Indian journal of veterinary science and animal husbandry - Volumes 24-25, 1954-1955
Year: 1954
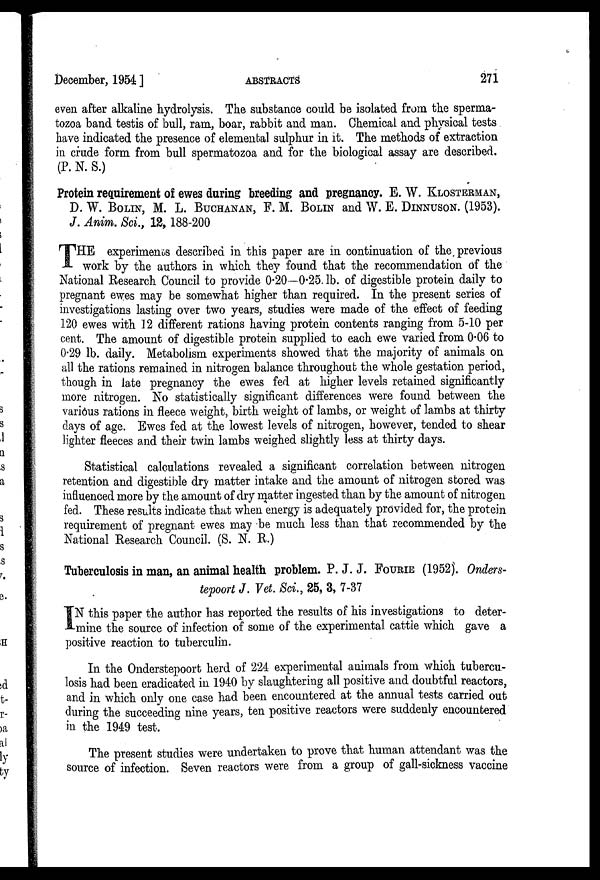
December, 1954 ]
ABSTRACTS
271
even after alkaline hydrolysis. The substance could be isolated from the sperma-
tozoa band testis of bull, ram, boar, rabbit and man. Chemical and physical tests
have indicated the presence of elemental sulphur in it. The methods of extraction
in crude form from bull spermatozoa and for the biological assay are described.
(P. N. S.)
Protein requirement of ewes during breeding and pregnancy. E. W. KLOSTERMAN,
D. W. BOLIN, M. L. BUCHANAN, F. M. BOLIN and W. E. DINNUSON. (1953).
J. Anim. Sci., 12, 188-200
T HE experiments described in this paper are in continuation of the previous
work by the authors in which they found that the recommendation of the
National Research Council to provide 0.20—0.25 lb. of digestible protein daily to
pregnant ewes may be somewhat higher than required. In the present series of
investigations lasting over two years, studies were made of the effect of feeding
120 ewes with 12 different rations having protein contents ranging from 5-10 per
cent. The amount of digestible protein supplied to each ewe varied from 0.06 to
0.29 lb. daily. Metabolism experiments showed that the majority of animals on
all the rations remained in nitrogen balance throughout the whole gestation period,
though in late pregnancy the ewes fed at higher levels retained significantly
more nitrogen. No statistically significant differences were found between the
various rations in fleece weight, birth weight of lambs, or weight of lambs at thirty
days of age. Ewes fed at the lowest levels of nitrogen, however, tended to shear
lighter fleeces and their twin lambs weighed slightly less at thirty days.
Statistical calculations revealed a significant correlation between nitrogen
retention and digestible dry matter intake and the amount of nitrogen stored was
influenced more by the amount of dry matter ingested than by the amount of nitrogen
fed. These results indicate that when energy is adequately provided for, the protein
requirement of pregnant ewes may be much less than that recommended by the
National Research Council. (S. N. R.)
Tuberculosis in man, an animal health problem. P. J. J. FOURIE (1952). Onders-
tepoort J. Vet. Sci., 25, 3, 7-37
IN this paper the author has reported the results of his investigations to deter-
mine the source of infection of some of the experimental cattle which gave a
positive reaction to tuberculin.
In the Onderstepoort herd of 224 experimental animals from which tubercu-
losis had been eradicated in 1940 by slaughtering all positive and doubtful reactors,
and in which only one case had been encountered at the annual tests carried out
during the succeeding nine years, ten positive reactors were suddenly encountered
in the 1949 test.
The present studies were undertaken to prove that human attendant was the
source of infection. Seven reactors were from a group of gall-sickness vaccine